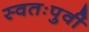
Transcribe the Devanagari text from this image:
स्वतःपुर्वी